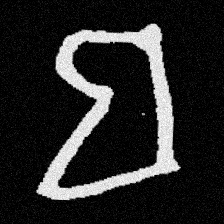
Pyu character \u2014 Myanmar letter: ဗ (romanized: ba)